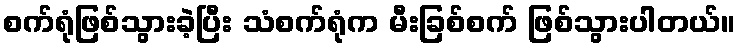
စက်ရုံဖြစ်သွားခဲ့ပြီး သံစက်ရုံက မီးခြစ်စက် ဖြစ်သွားပါတယ်။